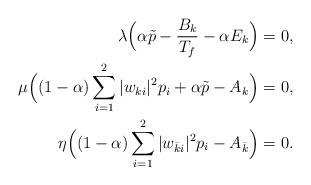
LaTeX: \begin{align*}\lambda\Big(\alpha\tilde{p} - \frac{B_{k}}{T_f} - \alpha E_k\Big) &= 0, \\\mu\Big((1-\alpha) \sum_{i=1}^2 |w_{ki}|^2 p_{i} + \alpha\tilde{p} - A_k\Big) &=0,\\\eta\Big((1-\alpha)\sum_{i=1}^2 |w_{\bar{k}i}|^2 p_{i} - A_{\bar{k}}\Big) &= 0.\end{align*}